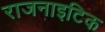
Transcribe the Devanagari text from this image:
राजनाइटिक